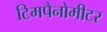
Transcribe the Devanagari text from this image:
टिमपैनोमीटर